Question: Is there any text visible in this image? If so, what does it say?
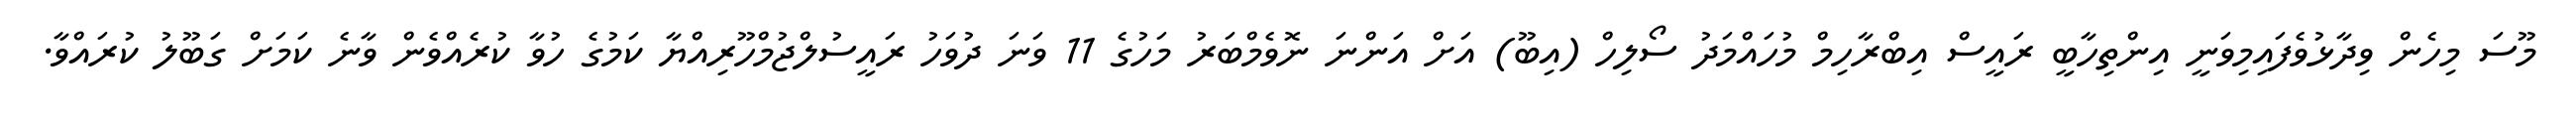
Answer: މޫސަ މިހެން ވިދާޅުވެފައިމިވަނީ އިންތިހާބީ ރައީސް އިބްރާހިމް މުހައްމަދު ސޯލިހް (އިބޫ) އަށް އަންނަ ނޮވެމްބަރު މަހުގެ 11 ވަނަ ދުވަހު ރައީސުލްޖުމްހޫރިއްޔާ ކަމުގެ ހުވާ ކުރެއްވެން ވާނެ ކަމަށް ގަބޫލު ކުރައްވާ.